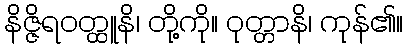
နိဇ္ဇိရဝတ္ထူနိ၊ တို့ကို။ ဝုတ္တာနိ၊ ကုန်၏။